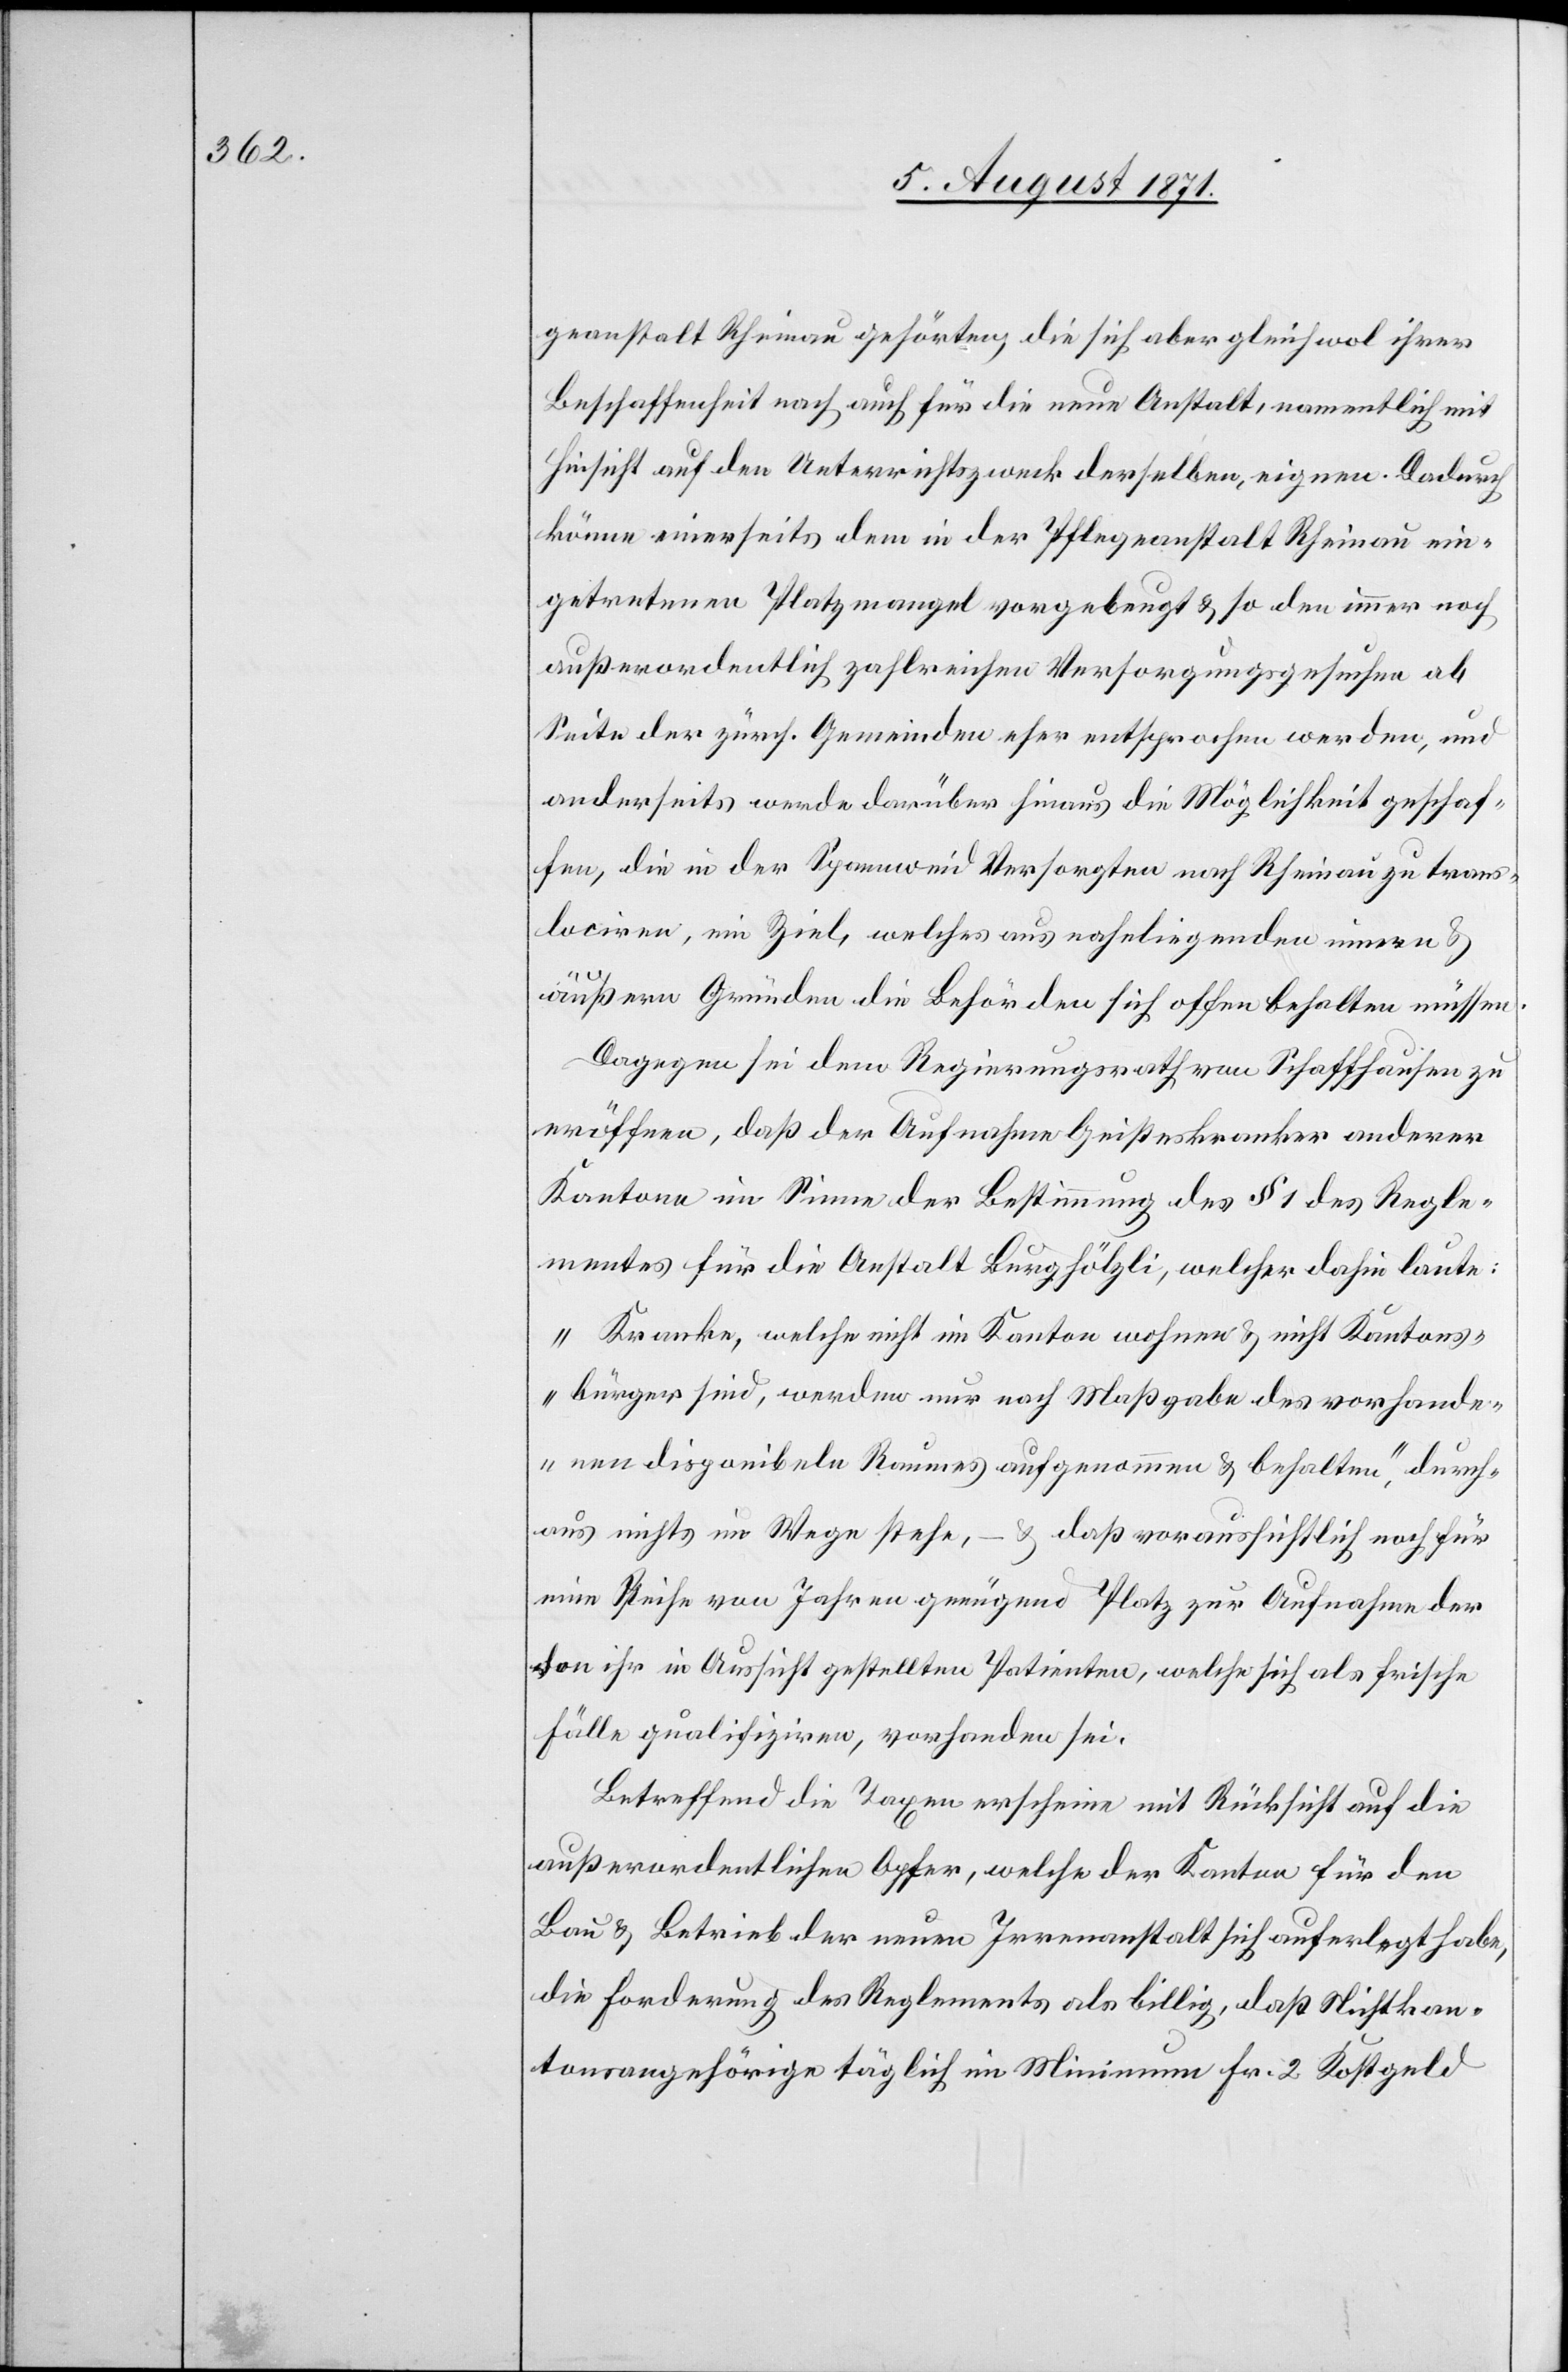
geanstalt Rheinau gehörten, die sich aber gleichwol ihrer
Beschaffenheit nach auch für die neue Anstalt, namentlich mit
Hinsicht auf den Unterrichtszweck derselben, eignen. Dadurch
könne einerseits dem in der Pflegeanstalt Rheinau ein¬
getretenen Platzmangel vorgebeugt u. so den immer noch
außerordentlich zahlreichen Versorgungsgesuchen ab
Seite der zürch. Gemeinden eher entsprochen werden, und
anderseits werde darüber hinaus die Möglichkeit geschaf¬
fen, die in der Spannweid Versorgten nach Rheinau zu trans¬
lociren, ein Ziel, welches aus naheliegenden innern u.
äußern Gründen die Behörden sich offen behalten müssen.
Dagegen sei dem Regierungsrath von Schaffhausen zu
eröffnen, daß der Aufnahme Geisteskranker anderer
Kantone im Sinne der Bestimmung des § 1 des Regle¬
mentes für die Anstalt Burghölzli, welcher dahin laute:
„Kranke, welche nicht im Kanton wohnen u. nicht Kantons¬
bürger sind, werden nur nach Maßgabe des vorhande¬
nen disponibeln Raumes aufgenommen u. behalten“, durch¬
aus nichts im Wege stehe, – u. daß voraussichtlich noch für
eine Reihe von Jahren genügend Platz zur Aufnahme der
von ihr in Aussicht gestellten Patienten, welche sich als frische
Fälle qualifiziren, vorhanden sei.
Betreffend die Taxen erscheine mit Rücksicht auf die
außerordentlichen Opfer, welche der Kanton für den
Bau u. Betrieb der neuen Irrenanstalt sich auferlegt habe,
die Forderung des Reglements als billig, daß Nichtkan¬
tonsangehörige täglich im Minimum Fr. 2 Kostgeld